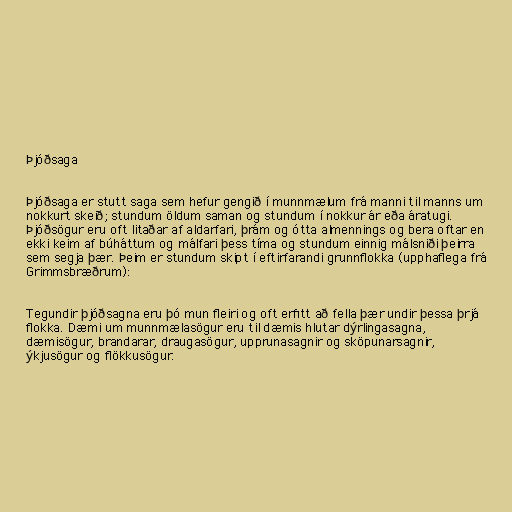
Þjóðsaga

Þjóðsaga er stutt saga sem hefur gengið í munnmælum frá manni til manns um
nokkurt skeið; stundum öldum saman og stundum í nokkur ár eða áratugi.
Þjóðsögur eru oft litaðar af aldarfari, þrám og ótta almennings og bera oftar en
ekki keim af búháttum og málfari þess tíma og stundum einnig málsniði þeirra
sem segja þær. Þeim er stundum skipt í eftirfarandi grunnflokka (upphaflega frá
Grimmsbræðrum):

Tegundir þjóðsagna eru þó mun fleiri og oft erfitt að fella þær undir þessa þrjá
flokka. Dæmi um munnmælasögur eru til dæmis hlutar dýrlingasagna,
dæmisögur, brandarar, draugasögur, upprunasagnir og sköpunarsagnir,
ýkjusögur og flökkusögur.